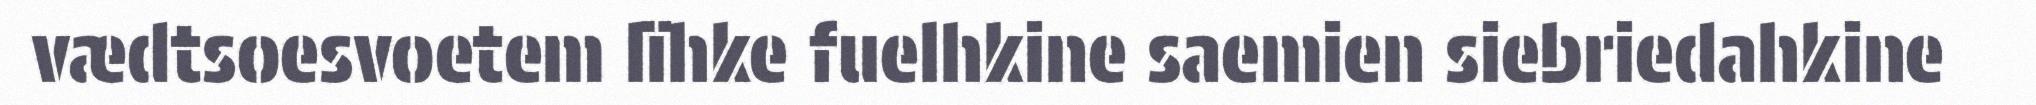
vædtsoesvoetem lïhke fuelhkine saemien siebriedahkine